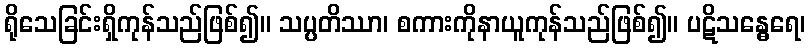
ရိုသေခြင်းရှိကုန်သည်ဖြစ်၍။ သပ္ပတိဿာ၊ စကားကိုနာယူကုန်သည်ဖြစ်၍။ ပဋိသန္ဓေရေ၊